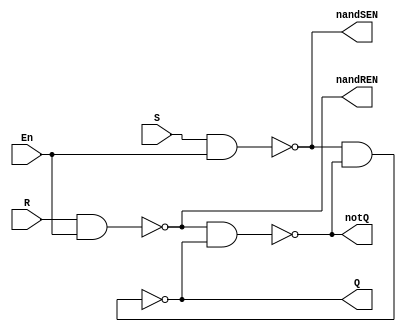
`timescale 1 ns/1ps

module sr_latch(Q,notQ, En, S, R, nandSEN, nandREN);
    // declare all ports
    output wire Q, notQ;
    input wire En,S, R;
    //intermediate nets
    // nandSEN is the output of NAND(S,EN)
    // nandSREN is the output of NAND(R,EN)
    output wire nandSEN, nandREN;
    // delay of nand0 is 2 ns
    nand #4 nand0(Q, nandSEN, notQ);
    nand #4 nand1(notQ, nandREN, Q);
    nand #4 nand2(nandSEN, S, En);
    nand #4 nand3(nandREN, R, En);
 endmodule